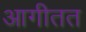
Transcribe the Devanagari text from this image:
आगीतत